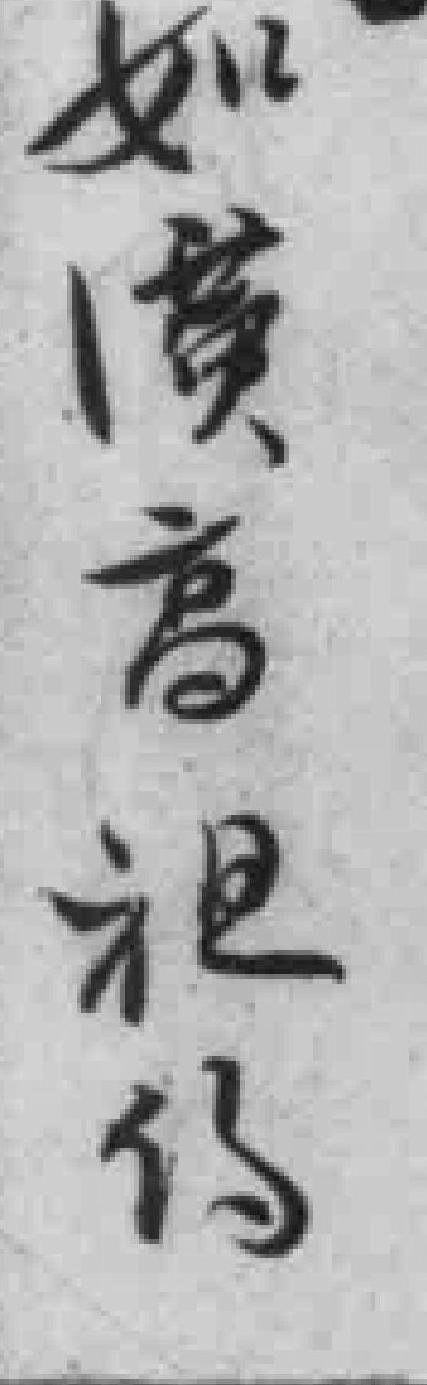
如漢高祖传